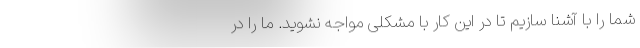
شما را با آشنا سازیم تا در این کار با مشکلی مواجه نشوید. ما را در